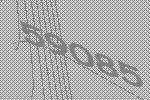
59085